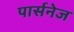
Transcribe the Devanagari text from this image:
पार्सनेज